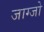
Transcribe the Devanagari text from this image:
जाग्जो